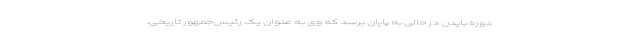
دوره بایدن در حالی به پایان برسد که وی به عنوان یک رئیس‌جمهور تاریخی،